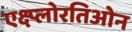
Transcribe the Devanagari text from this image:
एक्ष्प्लोरतिओन